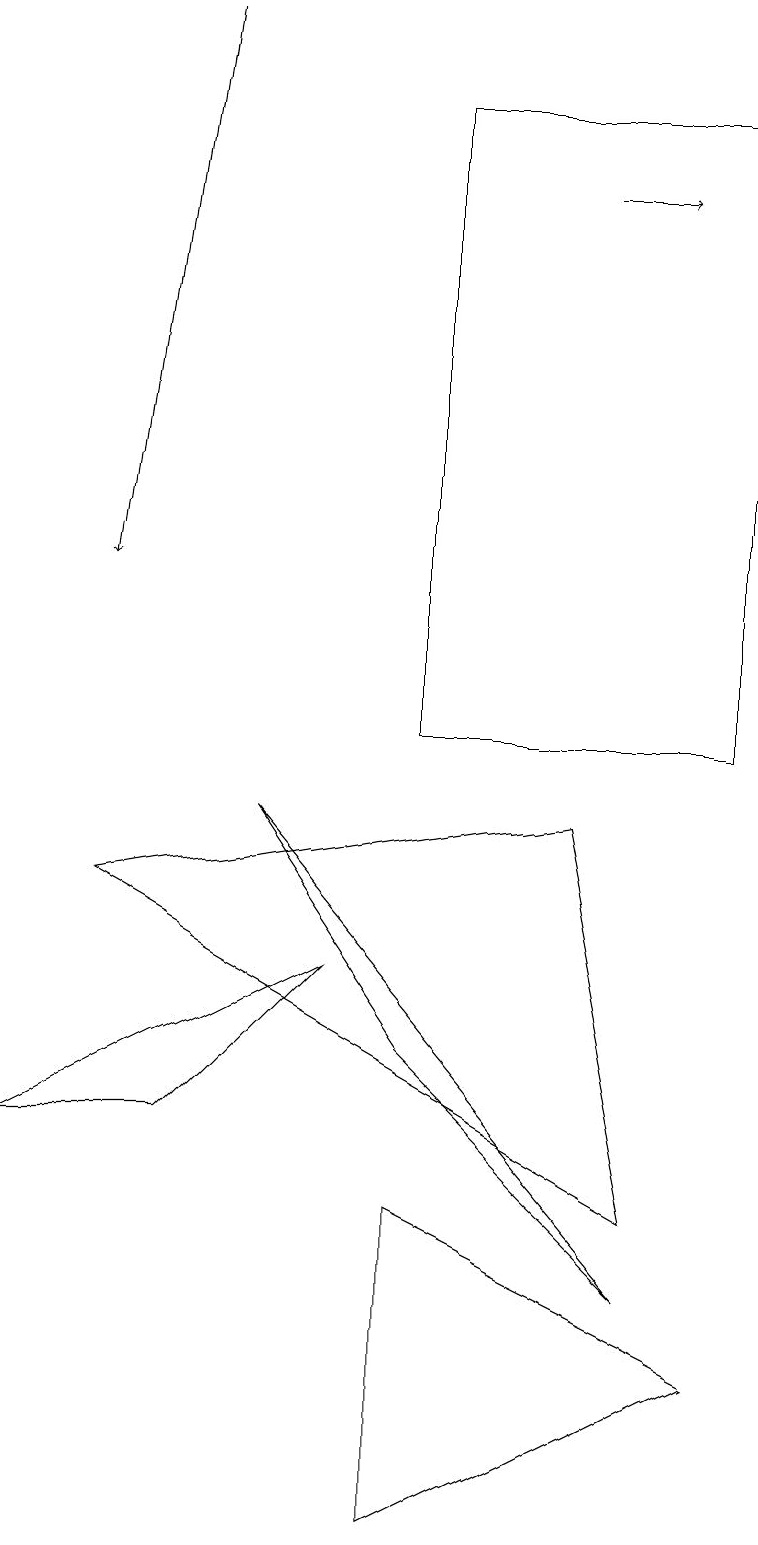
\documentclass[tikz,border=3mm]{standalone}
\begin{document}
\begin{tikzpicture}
\draw (9,2) -- (5,0) -- (5,4) -- cycle;
\draw (8,3) -- (3,9) -- (5,6) -- cycle;
\draw[->] (7,17) -- (8,17);
\draw (5,10) rectangle (9,18);
\draw[->] (2,19) -- (1,12);
\draw (4,7) -- (2,5) -- (0,5) -- cycle;
\draw (1,8) -- (7,9) -- (8,4) -- cycle;
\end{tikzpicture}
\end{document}